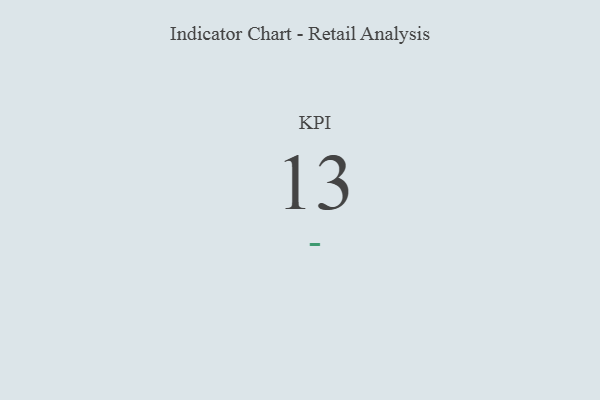
{"axis": {"x": "KPI", "y": "Value"}, "legend": [""], "data": [{"x": "KPI", "y": 13, "type": ""}]}